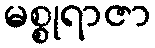
မစ္စုရာဇာ